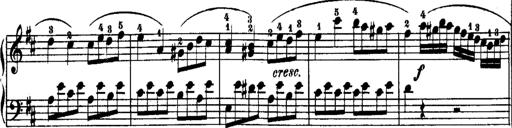
Title: Rondos and Sonatinas for Pianoforte
Composer: Daniel Steibelt